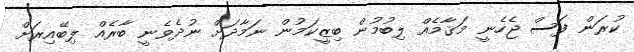
ކުރަން ފަސް ޖެހެނީ މަޤާމެއް ލިބުމުން ބިޒީކަމުން ނަމާދަށް ނުދެވެނީ ބާރެއް ލިބޭއިރަށް